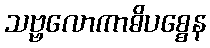
သဗ္ဗလောကာဓိပစ္စေန